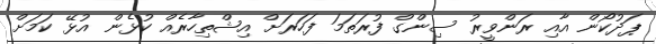
ޕަދުކޯން އާއި ރަންވީރު ސިންގް ފުރަތަމަ ފަހަރަށް އިޝްތިހާރެއް ކުޅެން އުޅޭ ކަމަށް